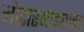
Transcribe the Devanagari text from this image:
मोटारगाड्यांवर